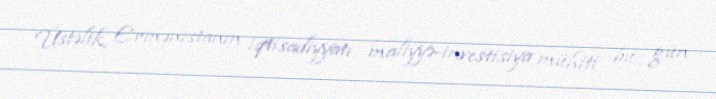
Üstəlik, Ermənistanın iqtisadiyyatı, maliyyə-investisiya mühiti bu gün